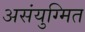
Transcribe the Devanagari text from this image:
असंयुग्मित